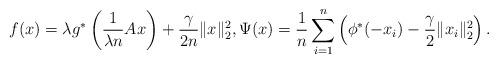
LaTeX: \begin{align*}f(x) = \lambda g^*\left(\frac{1}{\lambda n}A x\right)+\frac{\gamma}{2n}\|x\|_2^2,\Psi(x) = \frac{1}{n}\sum_{i=1}^n \left(\phi^*(-x_i)-\frac{\gamma}{2}\|x_i\|_2^2\right).\end{align*}